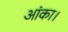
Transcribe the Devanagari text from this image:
आंका।